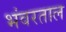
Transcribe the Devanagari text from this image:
भंवरताल